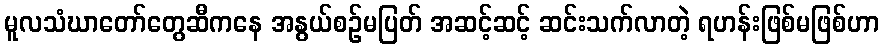
မူလသံဃာတော်တွေဆီကနေ အနွယ်စဉ်မပြတ် အဆင့်ဆင့် ဆင်းသက်လာတဲ့ ရဟန်းဖြစ်မဖြစ်ဟာ